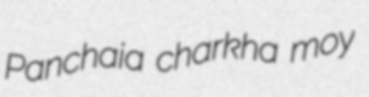
Panchaia charkha moy